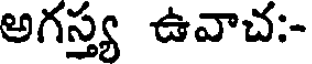
అగస్త్య ఉవాచ;-